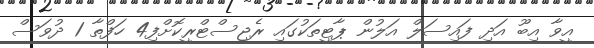
އީވާ އިބޫ އަދި ފައިސަލް އަލުން ޕާޓީތަކުގައި ރެޖިސްޓްރީކޮށްފި4 ހަފްތާ 1 ދުވަސް